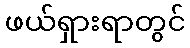
ဖယ်ရှားရာတွင်